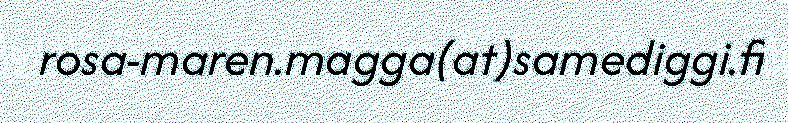
rosa-maren.magga(at)samediggi.fi